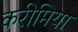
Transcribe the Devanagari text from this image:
करीमिया